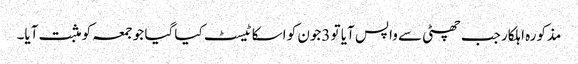
مذکورہ اہلکار جب چھٹی سے واپس آیا تو 3جون کو اسکا ٹیسٹ کیا گیا جو جمعہ کو مثبت آیا۔